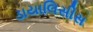
ડાયાલિસીસ